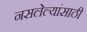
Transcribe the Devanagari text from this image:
नसलेल्यांसाठी